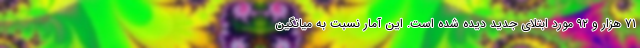
۷۱ هزار و ۹۲ مورد ابتلای جدید دیده شده است. این آمار نسبت به میانگین